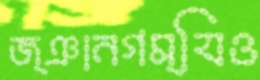
জ্ঞানগম্যিও